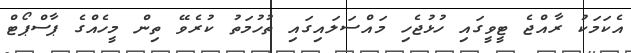
އެކަމަކު ރާއްޖެ ޓީވީގައި ހުޅުޖެހި މައްސަލައިގައި ތުހުމަތު ކުރެވޭ ތިން މީހެއްގެ ޕާސްޕޯޓް